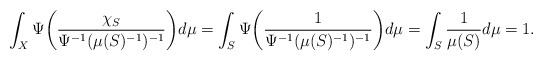
\begin{align*} \int_{X}\Psi\bigg(\frac{\chi_S}{\Psi^{-1}(\mu(S)^{-1})^{-1}}\bigg)d\mu=\int_S\Psi\bigg(\frac{1}{\Psi^{-1}(\mu(S)^{-1})^{-1}}\bigg)d\mu=\int_S\frac{1}{\mu(S)}d\mu=1.\end{align*}